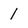
Character: 1